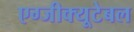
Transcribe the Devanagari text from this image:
एग्जीक्यूटेबल